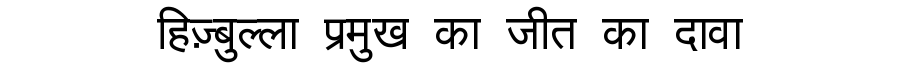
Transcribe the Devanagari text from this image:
हिज़्बुल्ला प्रमुख का जीत का दावा